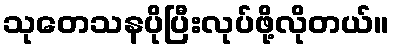
သုတေသနပိုပြီးလုပ်ဖို့လိုတယ်။